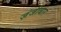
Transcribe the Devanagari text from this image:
ज़ंजीबार